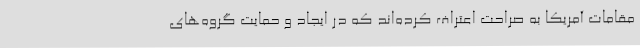
مقامات آمریکا به صراحت اعتراف کرده‌اند که در ایجاد و حمایت گروه‌های